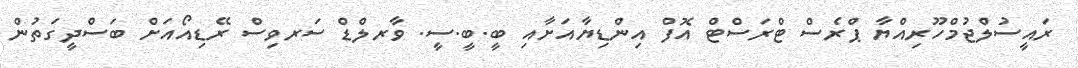
ރައީސުލްޖުމްހޫރިއްޔާ ޕްރެސް ޓްރަސްޓް އޮފް އިންޑިޔާއަށާއި ބީ.ބީ.ސީ. ވާރލްޑް ސަރވިސް ރޭޑިއޯއަށް ބަސްދީގަތުން